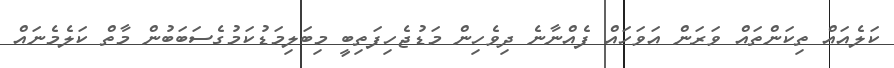
ކަލެއައް ތިކަންތައް ވަރަން އަވަހައް ފެއްނާނެ ދިވެހިން މަޑުޖެހިފަތިބީ މިބަލިމަޑުކަމުގެސަބަބުން މާތް ކަލެމެނައް